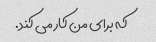
که برای من کار می کند.